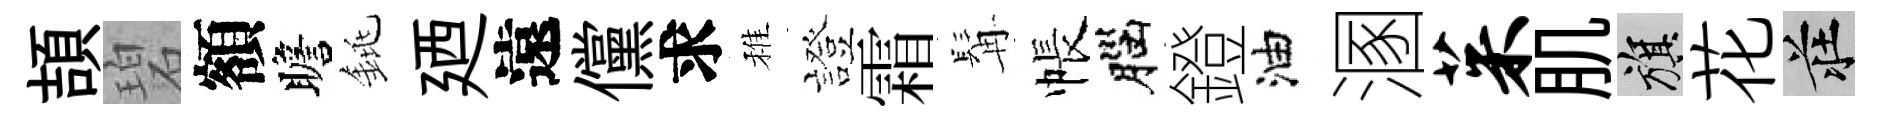
頡碧額瞻銚廼遠儻求稚證霜髯帳腦鐙油溷茱肌旗花莊